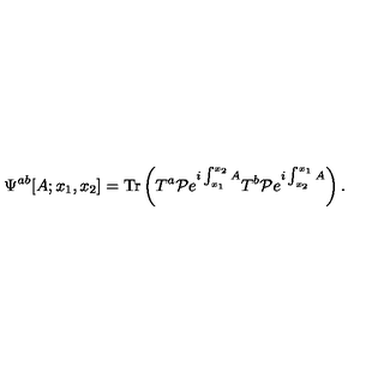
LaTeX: \Psi ^ { a b } [ A ; x _ { 1 } , x _ { 2 } ] = \mathrm { T r } \left( T ^ { a } { \cal P } e ^ { i \int _ { x _ { 1 } } ^ { x _ { 2 } } A } T ^ { b } { \cal P } e ^ { i \int _ { x _ { 2 } } ^ { x _ { 1 } } A } \right) .